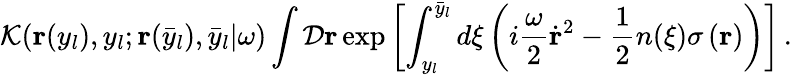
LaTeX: {\cal K}({\mathbf r}(y_{l}),y_{l};{\mathbf r}(\bar{y}_{l}),\bar{y}_{l}|\omega)\int{\cal D}{\mathbf r}\exp\left[\int_{y_{l}}^{\bar{y}_{l}}d\xi\left(i\frac{\omega}{2}\dot{\mathbf r}^{2}-\frac{1}{2}n(\xi)\sigma\left({\mathbf r}\right)\right)\right]\, .